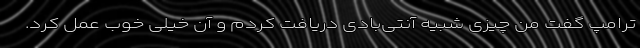
ترامپ گفت من چیزی شبیه آنتی‌بادی دریافت کردم و آن خیلی خوب عمل کرد.